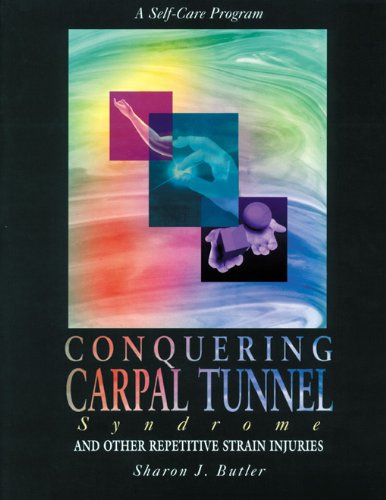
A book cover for Conquering Carpal Tunnel Syndrome and Other Repetitive Strain Injuries: A Self-Care Program; Sharon J. Butler; Health, Fitness & Dieting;